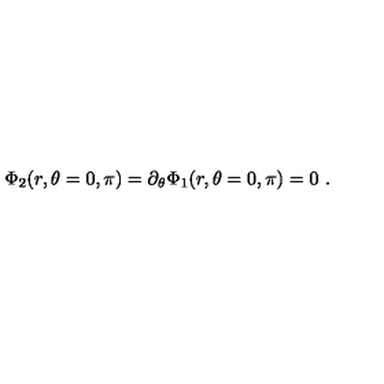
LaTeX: \Phi _ { 2 } ( r , \theta = 0 , \pi ) = \partial _ { \theta } \Phi _ { 1 } ( r , \theta = 0 , \pi ) = 0 \ .